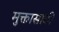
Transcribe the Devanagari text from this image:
मुक्तासाठी